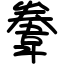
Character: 韏